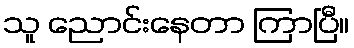
သူ ညောင်းနေတာ ကြာပြီ။